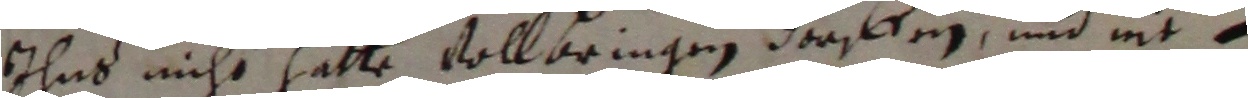
ihns nicht hatte vollbringen dorffen und nit